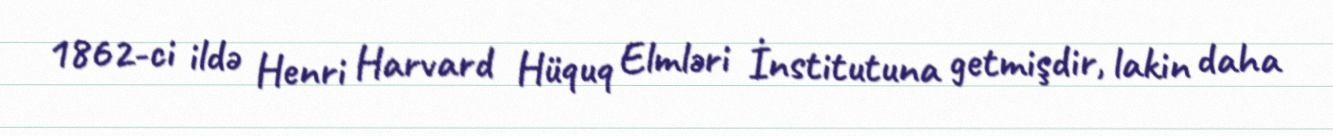
1862-ci ildə Henri Harvard Hüquq Elmləri İnstitutuna getmişdir, lakin daha